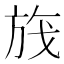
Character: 𬀃